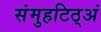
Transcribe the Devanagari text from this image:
संमुहटिठ्‌अं